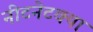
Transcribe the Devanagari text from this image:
नीटनेटक्या